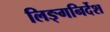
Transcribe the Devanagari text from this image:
लिङ्गनिर्देश